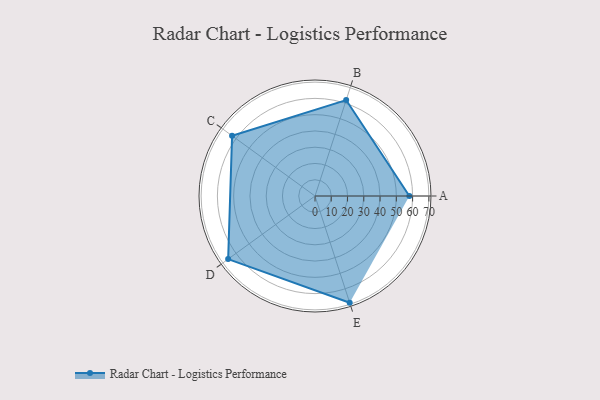
{"axis": {"x": "Skill", "y": "Score"}, "legend": ["Profile"], "data": [{"x": "A", "y": 58.0, "type": "Profile"}, {"x": "B", "y": 62.0, "type": "Profile"}, {"x": "C", "y": 63.0, "type": "Profile"}, {"x": "D", "y": 66.0, "type": "Profile"}, {"x": "E", "y": 69.0, "type": "Profile"}]}